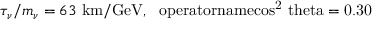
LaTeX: \tau _ { \nu } / m _ { \nu } = 6 3 \mathrm { ~ k m / G e V , \ \ o p e r a t o r n a m e { c o s } ^ { 2 } \ t h e t a = 0 . 3 0 }